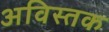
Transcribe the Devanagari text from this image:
अविस्तक